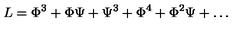
L = \Phi ^ { 3 } + \Phi \Psi + \Psi ^ { 3 } + \Phi ^ { 4 } + \Phi ^ { 2 } \Psi + \dots